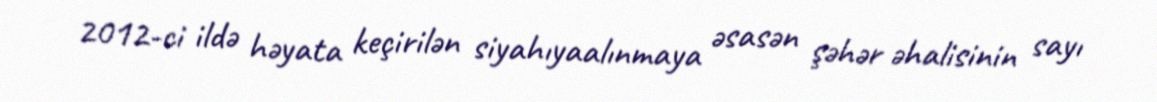
2012-ci ildə həyata keçirilən siyahıyaalınmaya əsasən şəhər əhalisinin sayı